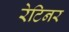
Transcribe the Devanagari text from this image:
रेटिनर